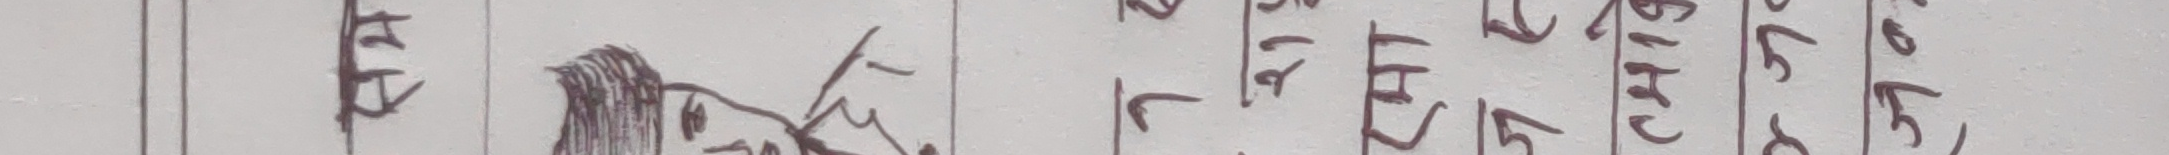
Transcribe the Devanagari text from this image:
ते रा मा बिरु ले बे
१ २ ए ३ ४
बि↓ लि भिरु बि↑ रि
फ दि न्दि बे ले
५ द द छ स